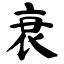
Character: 衰